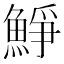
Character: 䱢